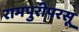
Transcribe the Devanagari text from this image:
रामपुरीपरसू